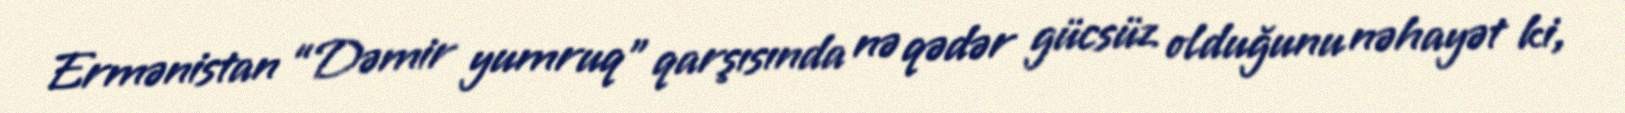
Ermənistan “Dəmir yumruq” qarşısında nə qədər gücsüz olduğunu nəhayət ki,